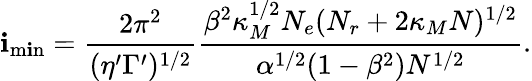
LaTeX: \mathbf{i}_{\mathrm{{m\mathbf{i}n}}}=\frac{{2\pi^{2}}}{{(\eta^{\prime}\Gamma^{\prime})^{1/2}}}\frac{{\beta^{2}\kappa_{M}^{1/2}N_{e}(N_{r}+2\kappa_{M}N)^{1/2}}}{{\alpha^{1/2}(1-\beta^{2})N^{1/2}}}.